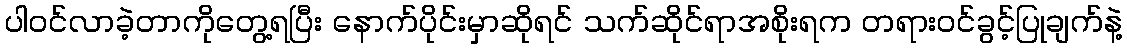
ပါဝင်လာခဲ့တာကိုတွေ့ရပြီး နောက်ပိုင်းမှာဆိုရင် သက်ဆိုင်ရာအစိုးရက တရားဝင်ခွင့်ပြုချက်နဲ့